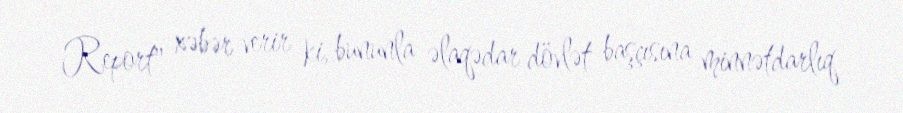
Report" xəbər verir ki, bununla əlaqədar dövlət başçısına minnətdarlıq